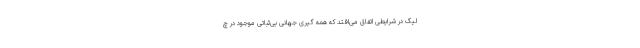
لیگ در شرایطی اتفاق می‌افتد که همه گیری جهانی بی‌ثباتی موجود در چ